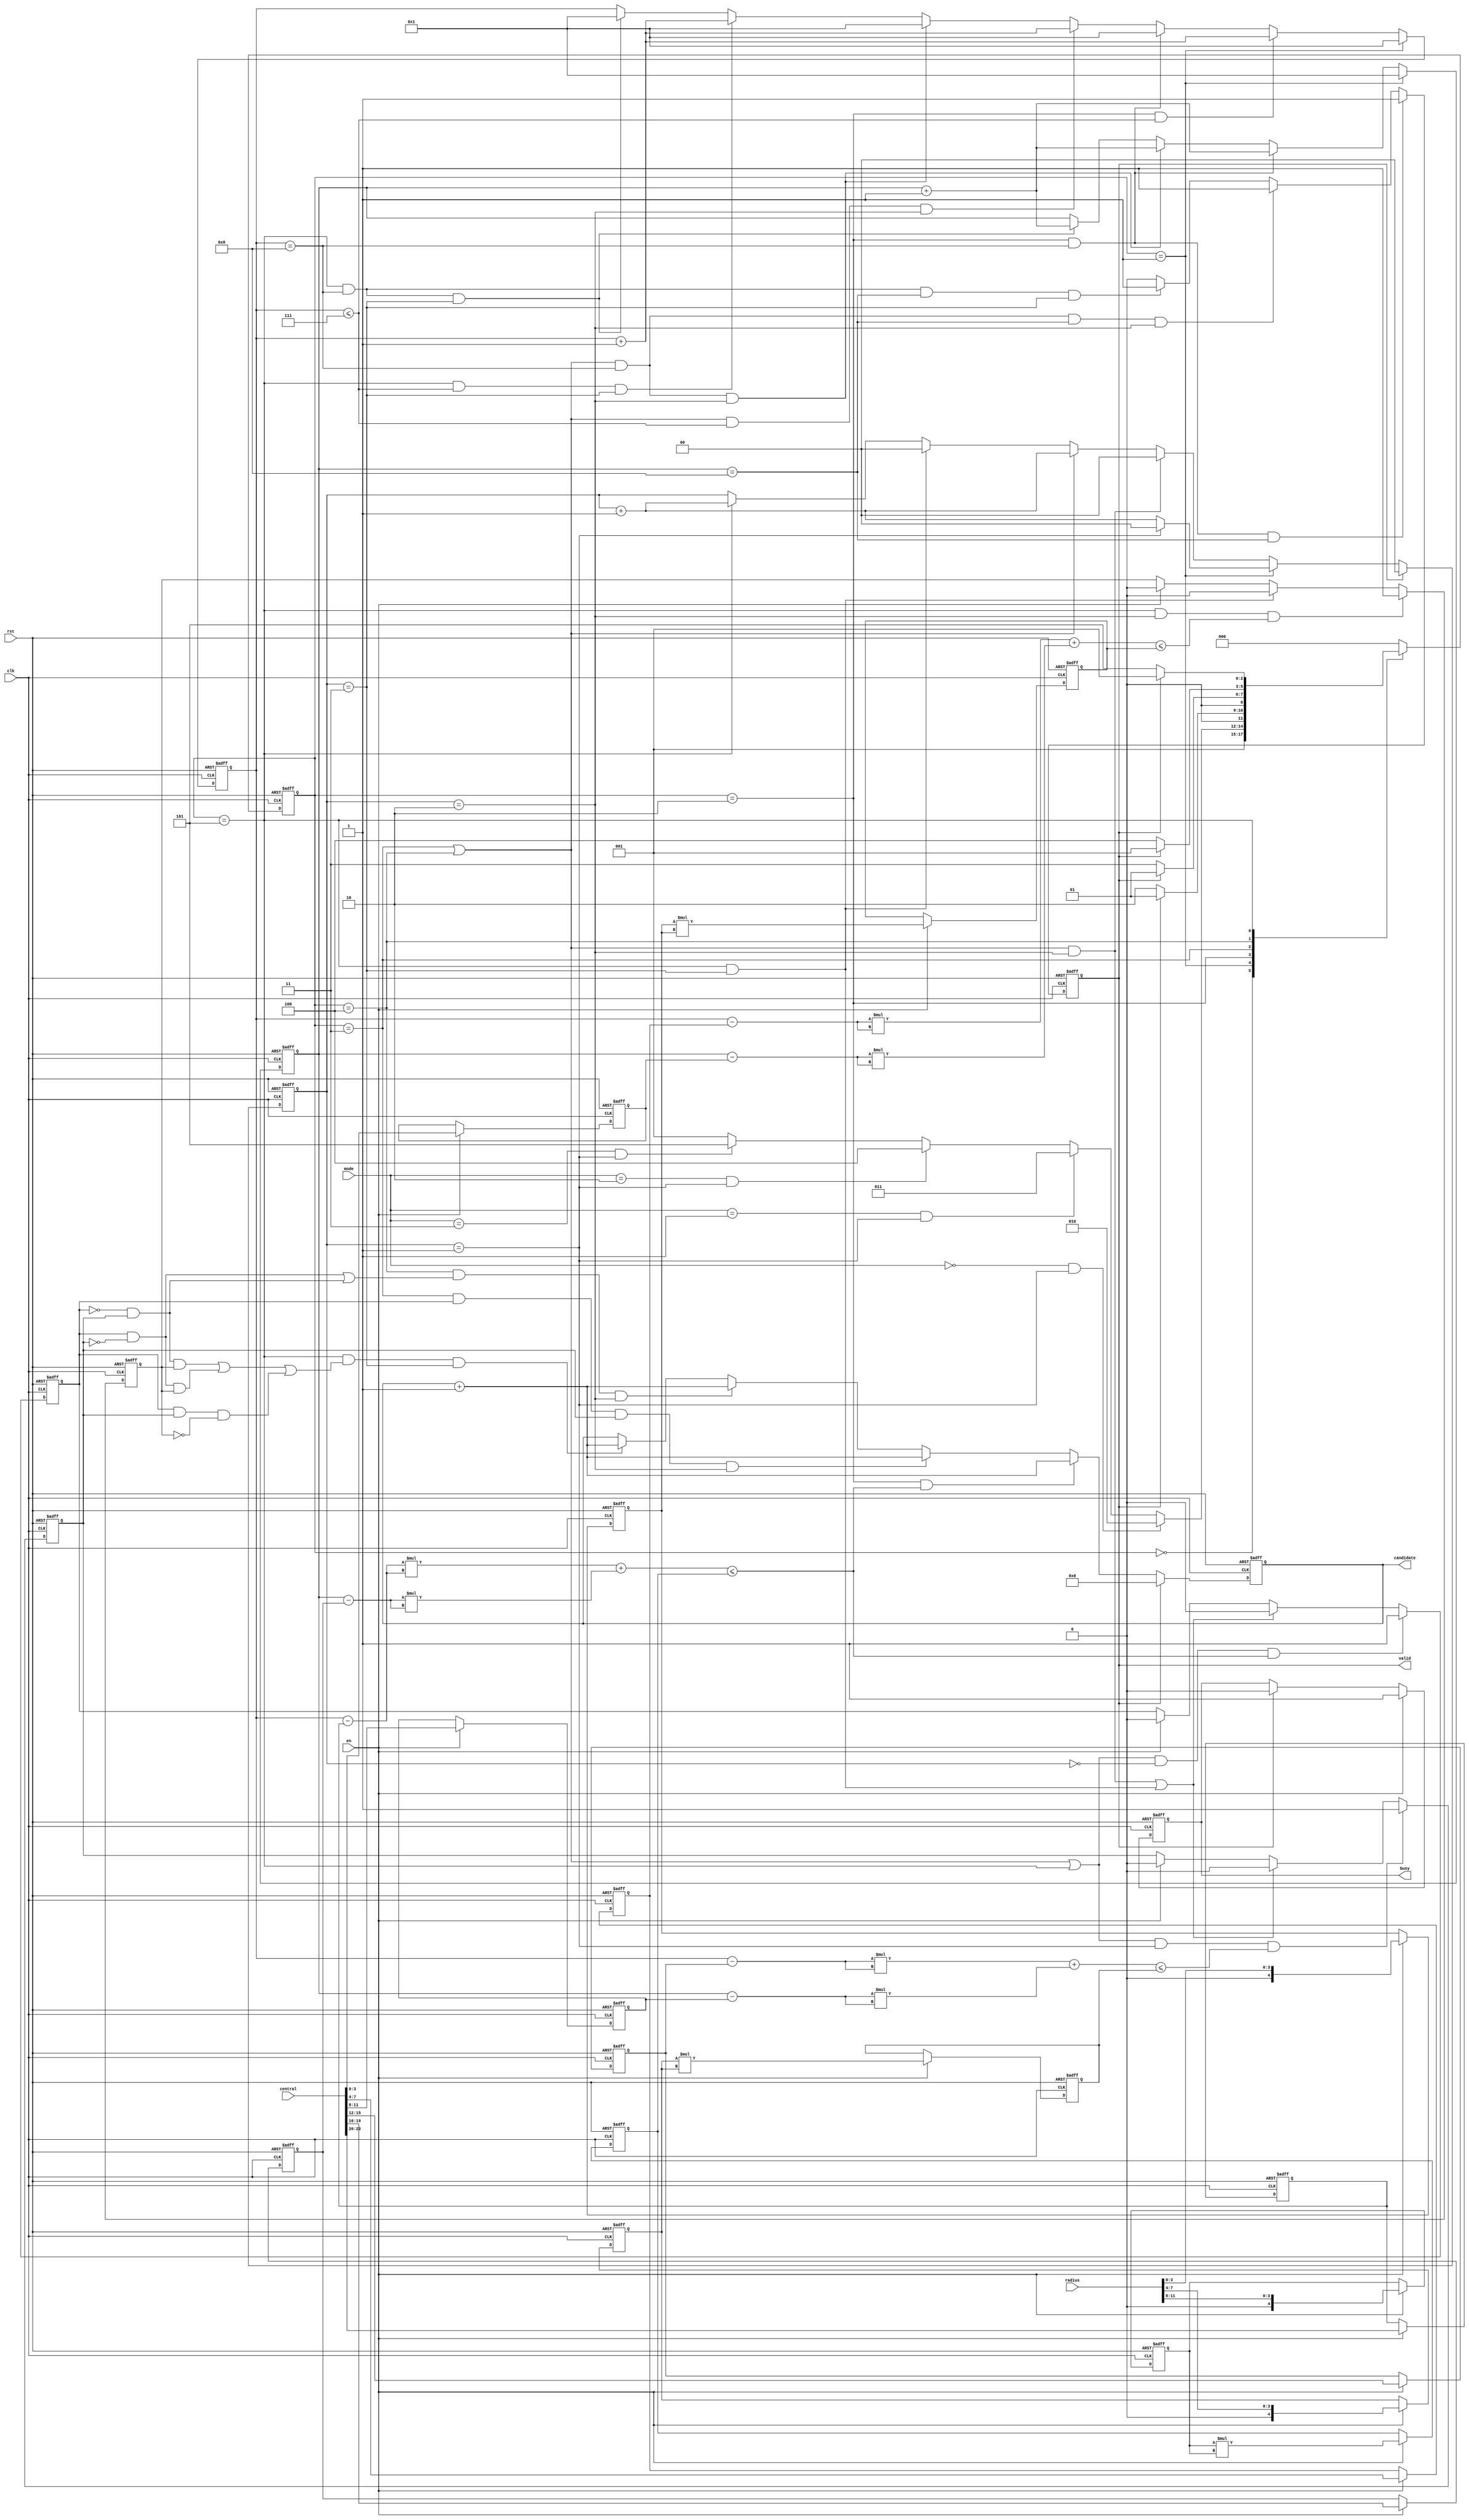
module SET ( clk , rst, en, central, radius, mode, busy, valid, candidate );

input clk, rst;
input en;
input [23:0] central;
input [11:0] radius;
input [1:0] mode;
output busy;
output valid;
output [7:0] candidate;

reg busy;
reg valid;
reg [7:0] candidate;

reg [2:0] state;
reg [2:0] next_state;


reg [3:0] x1;
reg [3:0] y1;
reg [3:0] x2;
reg [3:0] y2;
reg [3:0] x3;
reg [3:0] y3;
reg [7:0] radius_square_reg1;
reg [7:0] radius_square_reg2;
reg [7:0] radius_square_reg3;

reg [4:0] x;
reg [4:0] y;

wire signed [4:0] x_x1;
assign x_x1=x-x1;

wire signed [9:0] x_x1_square;
assign x_x1_square=x_x1*x_x1;

wire signed [4:0] y_y1;
assign y_y1=y-y1;

wire signed [9:0] y_y1_square;
assign y_y1_square=y_y1*y_y1;

wire signed [4:0] x_x2;
assign x_x2=x-x2;

wire signed [9:0] x_x2_square;
assign x_x2_square=x_x2*x_x2;

wire signed [4:0] y_y2;
assign y_y2=y-y2;

wire signed [9:0] y_y2_square;
assign y_y2_square=y_y2*y_y2;

wire signed [4:0] x_x3;
assign x_x3=x-x3;

wire signed [9:0] x_x3_square;
assign x_x3_square=x_x3*x_x3;

wire signed [4:0] y_y3;
assign y_y3=y-y3;

wire signed [9:0] y_y3_square;
assign y_y3_square=y_y3*y_y3;

reg [4:0] radius1;
reg [4:0] radius2;
reg [4:0] radius3;
always @(posedge clk or posedge rst) begin
    if(rst)
        radius1<=0;
    else if(en)
        radius1<=radius[11:8];
    else
        radius1<=radius1;
end

always @(posedge clk or posedge rst) begin
    if(rst)
        radius2<=0;
    else if(en)
        radius2<=radius[7:4];
    else
        radius2<=radius2;
end

always @(posedge clk or posedge rst) begin
    if(rst)
        radius3<=0;
    else if(en)
        radius3<=radius[3:0];
    else
        radius3<=radius3;
end

reg [1:0] counter;
reg right_wrong1;
reg right_wrong2;
reg right_wrong3;

parameter IDLE = 0;
parameter STORE = 1;
parameter MODE0 = 2;
parameter MODE1 = 3;
parameter MODE2 = 4;
parameter MODE3 = 5;

always @(*) begin
    case(state)
        IDLE:next_state=STORE;
        STORE:begin
            if( mode==0 && counter == 1)
                next_state=MODE0;
            else if( mode== 1 && counter == 1)
                next_state=MODE1;
            else if( mode==2 && counter == 1)
                next_state=MODE2;
            else if( mode==3 && counter == 1)
                next_state=MODE3; 
            else
                next_state=STORE;
        end
        MODE0:next_state=(valid)?STORE:MODE0;
        MODE1:next_state=(valid)?STORE:MODE1;
        MODE2:next_state=(valid)?STORE:MODE2;
        MODE3:next_state=(valid)?STORE:MODE3;
        default:next_state=IDLE;
    endcase
end

always @(posedge clk or posedge rst) begin
    if(rst)
        state<=IDLE;
    else
        state<=next_state;
end

always @(posedge clk or posedge rst) begin
    if(rst)
        x<=1;
    else if(state==STORE)
        x<=1;
    else if(state==MODE0 && x<=7)
        x<=x+1;
    else if(state==MODE0 && x==8)
        x<=1;
    else if((state==MODE1 || state==MODE2) && x<=7 && counter==2 )
        x<=x+1;
    else if((state==MODE1 || state==MODE2) && x==8 && counter==2 )
        x<=1;
    else if(state==MODE3 && x<=7 && counter==3 )
        x<=x+1;
    else if(state==MODE3 && x==8 && counter==3 )
        x<=1;
    else
        x<=x;
end

always @(posedge clk or posedge rst) begin
    if(rst)
        y<=1;
    else if(state==STORE)
        y<=1;
    else if(state==MODE0 && x==8)
        y<=y+1;
    else if((state==MODE1 || state==MODE2) && x==8 && counter==2 )
        y<=y+1;
    else if(state==MODE3 && x==8 && counter==3)
        y<=y+1;
    else
        y<=y;
end

always @(posedge clk or posedge rst) begin
    if (rst)
        x1<=0;
    else if(en)
        x1<=central[23:20];
    else
        x1<=x1;
end

always @(posedge clk or posedge rst) begin
    if (rst)
        y1<=0;
    else if(en)
        y1<=central[19:16];
    else
        y1<=y1;
end

always @(posedge clk or posedge rst) begin
    if (rst)
        x2<=0;
    else if(en)
        x2<=central[15:12];
    else
        x2<=x2;
end

always @(posedge clk or posedge rst) begin
    if (rst)
        y2<=0;
    else if(en)
        y2<=central[11:8];
    else
        y2<=y2;
end

always @(posedge clk or posedge rst) begin
    if (rst)
        x3<=0;
    else if(en)
        x3<=central[7:4];
    else
        x3<=x3;
end

always @(posedge clk or posedge rst) begin
    if (rst)
        y3<=0;
    else if(en)
        y3<=central[3:0];
    else
        y3<=y3;
end


always @(posedge clk or posedge rst) begin
    if(rst)
        radius_square_reg1<=0;
    else if(en )
        radius_square_reg1<=radius1*radius1;
    else
        radius_square_reg1<=radius_square_reg1;
end

always @(posedge clk or posedge rst) begin
    if(rst)
        radius_square_reg2<=0;
    else if(en)
        radius_square_reg2<=radius2*radius2;
    else
        radius_square_reg2<=radius_square_reg2;
end

always @(posedge clk or posedge rst) begin
    if(rst)
        radius_square_reg3<=0;
    else if(en)
        radius_square_reg3<=radius3*radius3;
    else
        radius_square_reg3<=radius_square_reg3;
end

always @(posedge clk or posedge rst) begin
    if(rst)
        candidate<=0;
    else if(valid)
        candidate<=0;
    else if(state==MODE0 && ((x_x1_square+y_y1_square)<=radius_square_reg1) )
        candidate<=candidate+1;
    else if(state==MODE1 && right_wrong1 && right_wrong2 && counter==2)
        candidate<=candidate+1;
    else if(state==MODE2 && ((right_wrong1 && !right_wrong2) || (!right_wrong1 && right_wrong2)) && counter==2)
        candidate<=candidate+1;
    else if(state==MODE3 && ((!right_wrong1 && right_wrong2 && right_wrong3) || (right_wrong1 && !right_wrong2 && right_wrong3) || (right_wrong1 && right_wrong2 && !right_wrong3)) && counter==3)
        candidate<=candidate+1;
    else
        candidate<=candidate;
end

always @(posedge clk or posedge rst) begin
    if(rst)
        counter<=0;
    else if(valid)
        counter<=0;
    else if (state == STORE)
        counter <= counter == 1 ? 0 : counter + 1;
    else if((state==MODE1 || state==MODE2) && counter==2 )
        counter<=0;
    else if(state==MODE1 || state==MODE2)
        counter<=counter+1;
    else if(state==MODE3 && counter==3)
        counter<=0;
    else if(state==MODE3)
        counter<=counter+1;
    else
        counter<=counter;
end

always @(posedge clk or posedge rst) begin
    if(rst)
        right_wrong1<=0;
    else if((state==MODE1 || state==MODE2 || state==MODE3) && counter==0 && (x_x1_square+y_y1_square)<=radius_square_reg1)
        right_wrong1<=1;
    else if(((state==MODE1 || state==MODE2) && counter==2) || (state==MODE3 && counter==3))
        right_wrong1<=0;
    else if(en)
        right_wrong1<=0;
    else
        right_wrong1<=right_wrong1;
end

always @(posedge clk or posedge rst) begin
    if(rst)
        right_wrong2<=0;
    else if((state==MODE1 || state==MODE2 || state==MODE3) && counter==1 && (x_x2_square+y_y2_square)<=radius_square_reg2)
        right_wrong2<=1;
    else if(((state==MODE1 || state==MODE2) && counter==2) || (state==MODE3 && counter==3))
        right_wrong2<=0;
    else if(en)
        right_wrong2<=0;
    else
        right_wrong2<=right_wrong2;
end

always @(posedge clk or posedge rst) begin
    if(rst)
        right_wrong3<=0;
    else if(state==MODE3 && counter==2 && (x_x3_square+y_y3_square)<=radius_square_reg3)
        right_wrong3<=1;
    else if(state==MODE3 && counter==3)
        right_wrong3<=0;
    else if(en)
        right_wrong3<=0;
    else
        right_wrong3<=right_wrong3;
end

always @(posedge clk or posedge rst) begin
    if(rst)
        busy<=0;
    else if(en)
        busy<=1;
    else if(valid)
        busy<=0;
    else
        busy<=busy;
end

always @(posedge clk or posedge rst) begin
    if(rst)
        valid<=0;
    else if(state==MODE0 && x==8 && y==8)
        valid<=1;
    else if((state==MODE1 || state==MODE2) && x==8 && y==8 && counter==2)
        valid<=1;
    else if(state==MODE3 && x==8 && y==8 && counter==3)
        valid<=1;
    else if(valid)
        valid<=0;
    else
        valid<=0;
end

endmodule